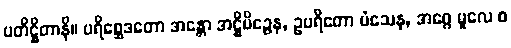
ပတိဋ္ဌိတာနိ။ ပရိစ္ဆေဒတော အန္တော အဋ္ဌိမိဉ္ဇေန, ဥပရိတော မံသေန, အဂ္ဂေ မူလေ စ